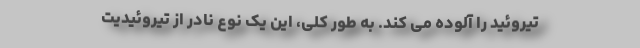
تیروئید را آلوده می کند. به طور کلی، این یک نوع نادر از تیروئیدیت